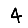
Digit: 4